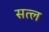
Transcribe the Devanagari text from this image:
सत्ल